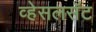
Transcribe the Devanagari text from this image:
व्हेसलसॅट